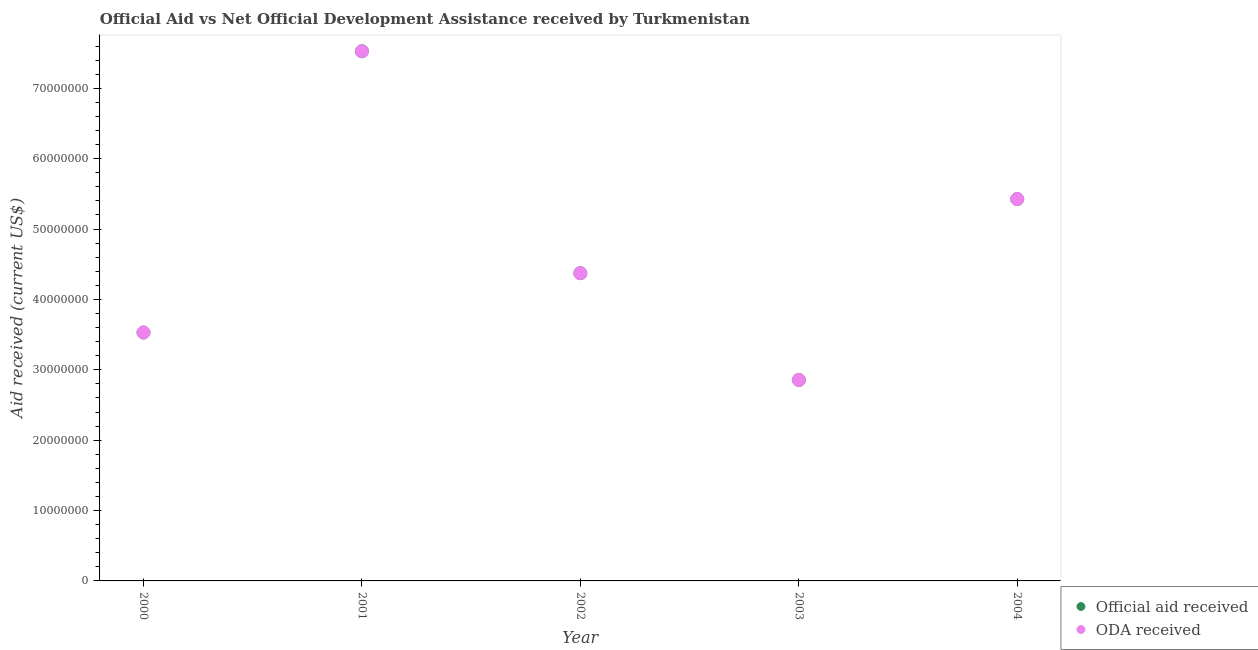
| Year | Official aid received | ODA received |
 | --- | --- | --- |
 | 2000 | 3.53e+07 | 3.53e+07 |
 | 2001 | 7.53e+07 | 7.53e+07 |
 | 2002 | 4.37e+07 | 4.37e+07 |
 | 2003 | 2.86e+07 | 2.86e+07 |
 | 2004 | 5.43e+07 | 5.43e+07 |